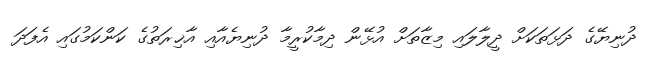
ދުނިޔޭގެ ދަޅަތަކަށް ދީލާލައި މިޒާތަށް އުޅޭން ދިމާކުރީމާ ދުނިޔެއާއި އާޚިރަތުގެ ކަންކަމުގައި އެފަދަ